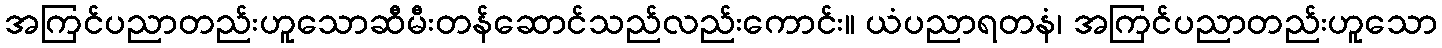
အကြင်ပညာတည်းဟူသောဆီမီးတန်ဆောင်သည်လည်းကောင်း။ ယံပညာရတနံ၊ အကြင်ပညာတည်းဟူသော